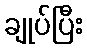
ချုပ်ပြီး